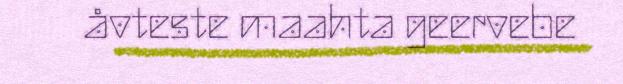
åvteste maahta geervebe